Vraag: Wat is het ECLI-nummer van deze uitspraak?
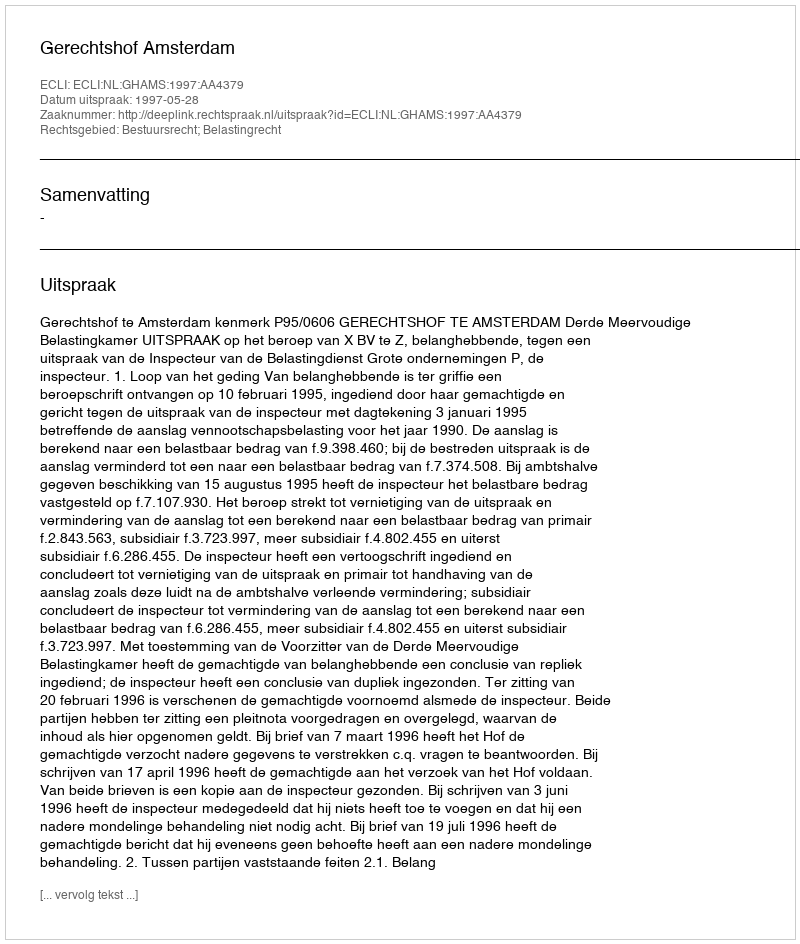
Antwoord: ECLI:NL:GHAMS:1997:AA4379